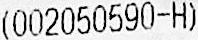
(002050590-H)